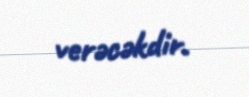
verəcəkdir.